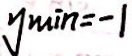
y \min = - 1